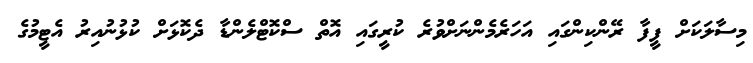
މިސާލަކަށް ފީފާ ރޭންކިންގައި އަހަރެމެންނަށްވުރެ ކުރީގައި އޮތް ސްކޮޓްލެންޑާ ދެކޮޅަށް ކުޅުނުއިރު އެޓީމުގެ